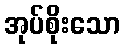
အုပ်စိုးသော